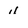
Character: 4